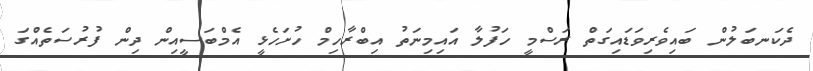
ދެކަނބަލުން ބައިވެރިވަޑައިގަތް ރަސްމީ ހަފުލާ އައިމިނަތު އިބްރާހިމް ހުށަހެޅީ އެމްބަސީއިން ދިން ފުރުސަތެއްގަ